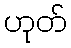
ဟုတ်